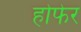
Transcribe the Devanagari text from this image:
होफेर